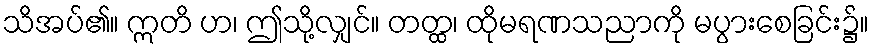
သိအပ်၏။ ဣတိ ဟ၊ ဤသို့လျှင်။ တတ္ထ၊ ထိုမရဏသညာကို မပွားစေခြင်း၌။